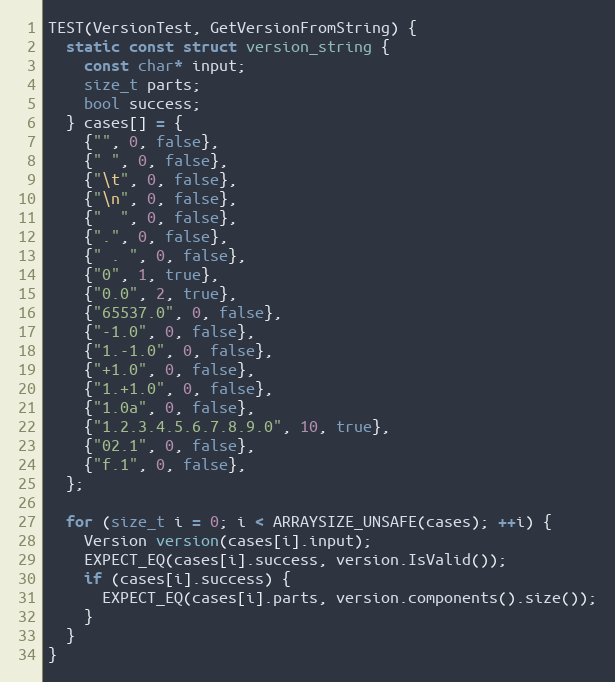
Language: C++
TEST(VersionTest, GetVersionFromString) {
  static const struct version_string {
    const char* input;
    size_t parts;
    bool success;
  } cases[] = {
    {"", 0, false},
    {" ", 0, false},
    {"\t", 0, false},
    {"\n", 0, false},
    {"  ", 0, false},
    {".", 0, false},
    {" . ", 0, false},
    {"0", 1, true},
    {"0.0", 2, true},
    {"65537.0", 0, false},
    {"-1.0", 0, false},
    {"1.-1.0", 0, false},
    {"+1.0", 0, false},
    {"1.+1.0", 0, false},
    {"1.0a", 0, false},
    {"1.2.3.4.5.6.7.8.9.0", 10, true},
    {"02.1", 0, false},
    {"f.1", 0, false},
  };

  for (size_t i = 0; i < ARRAYSIZE_UNSAFE(cases); ++i) {
    Version version(cases[i].input);
    EXPECT_EQ(cases[i].success, version.IsValid());
    if (cases[i].success) {
      EXPECT_EQ(cases[i].parts, version.components().size());
    }
  }
}